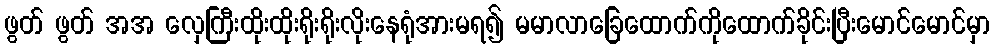
ဖွတ် ဖွတ် အအ လှေကြီးထိုးထိုးရိုးရိုးလိုးနေရုံအားမရ၍ မမာလာခြေထောက်ကိုထောက်ခိုင်းပြီးမောင်မောင်မှာ